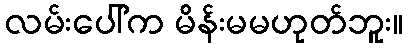
လမ်းပေါ်က မိန်းမမဟုတ်ဘူး။